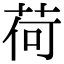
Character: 荷